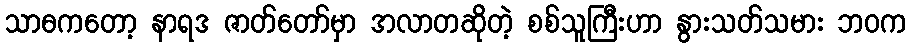
သာဓကတော့ နာရဒ ဇာတ်တော်မှာ အလာတဆိုတဲ့ စစ်သူကြီးဟာ နွားသတ်သမား ဘဝက